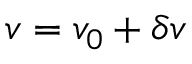
v = v _ { 0 } + \delta { v }